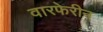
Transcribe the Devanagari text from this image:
वारफेरीन